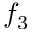
f _ { 3 }